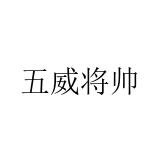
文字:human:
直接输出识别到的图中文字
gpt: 五威将帅